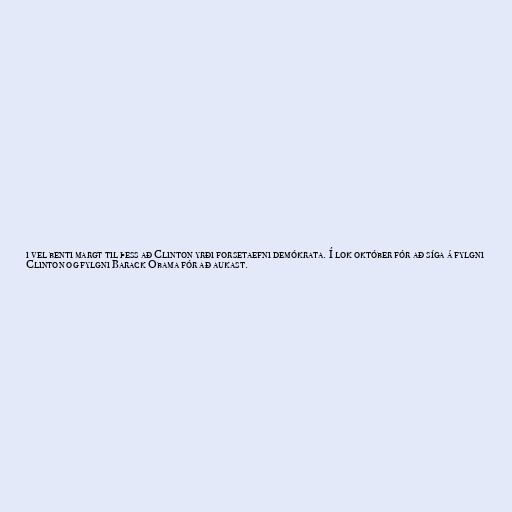
i vel benti margt til þess að Clinton yrði forsetaefni demókrata. Í lok október fór að síga á fylgni
Clinton og fylgni Barack Obama fór að aukast.